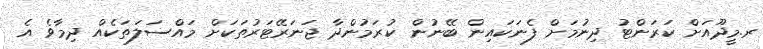
ރ.މީދޫއަށް ކަރަންޓު ދިނުމަށް ފެނަކައިން ބޭނުން ކުރަމުންދާ ޖަނަރޭޓަރުތަކަށް މައްސަލަތަކެއް ދިމާވެ އެ